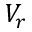
V _ { r }